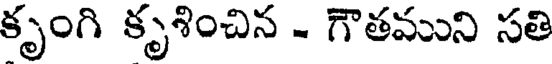
కృంగి కృశించిన - గౌతముని సతి